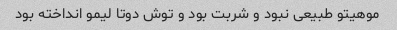
موهیتو طبیعی نبود و شربت بود و توش دوتا لیمو انداخته بود